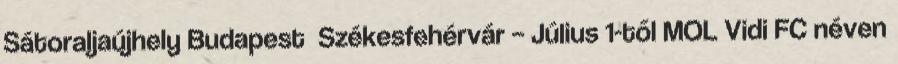
Sátoraljaújhely Budapest Székesfehérvár – Július 1-től MOL Vidi FC néven